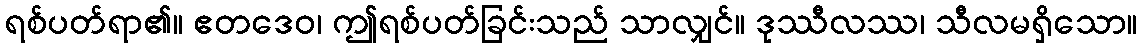
ရစ်ပတ်ရာ၏။ ဧတဒေဝ၊ ဤရစ်ပတ်ခြင်းသည် သာလျှင်။ ဒုဿီလဿ၊ သီလမရှိသော။